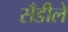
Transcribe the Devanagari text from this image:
सँडीले